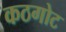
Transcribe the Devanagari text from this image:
कठगोट